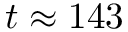
t \approx 1 4 3